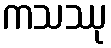
ကသဿု